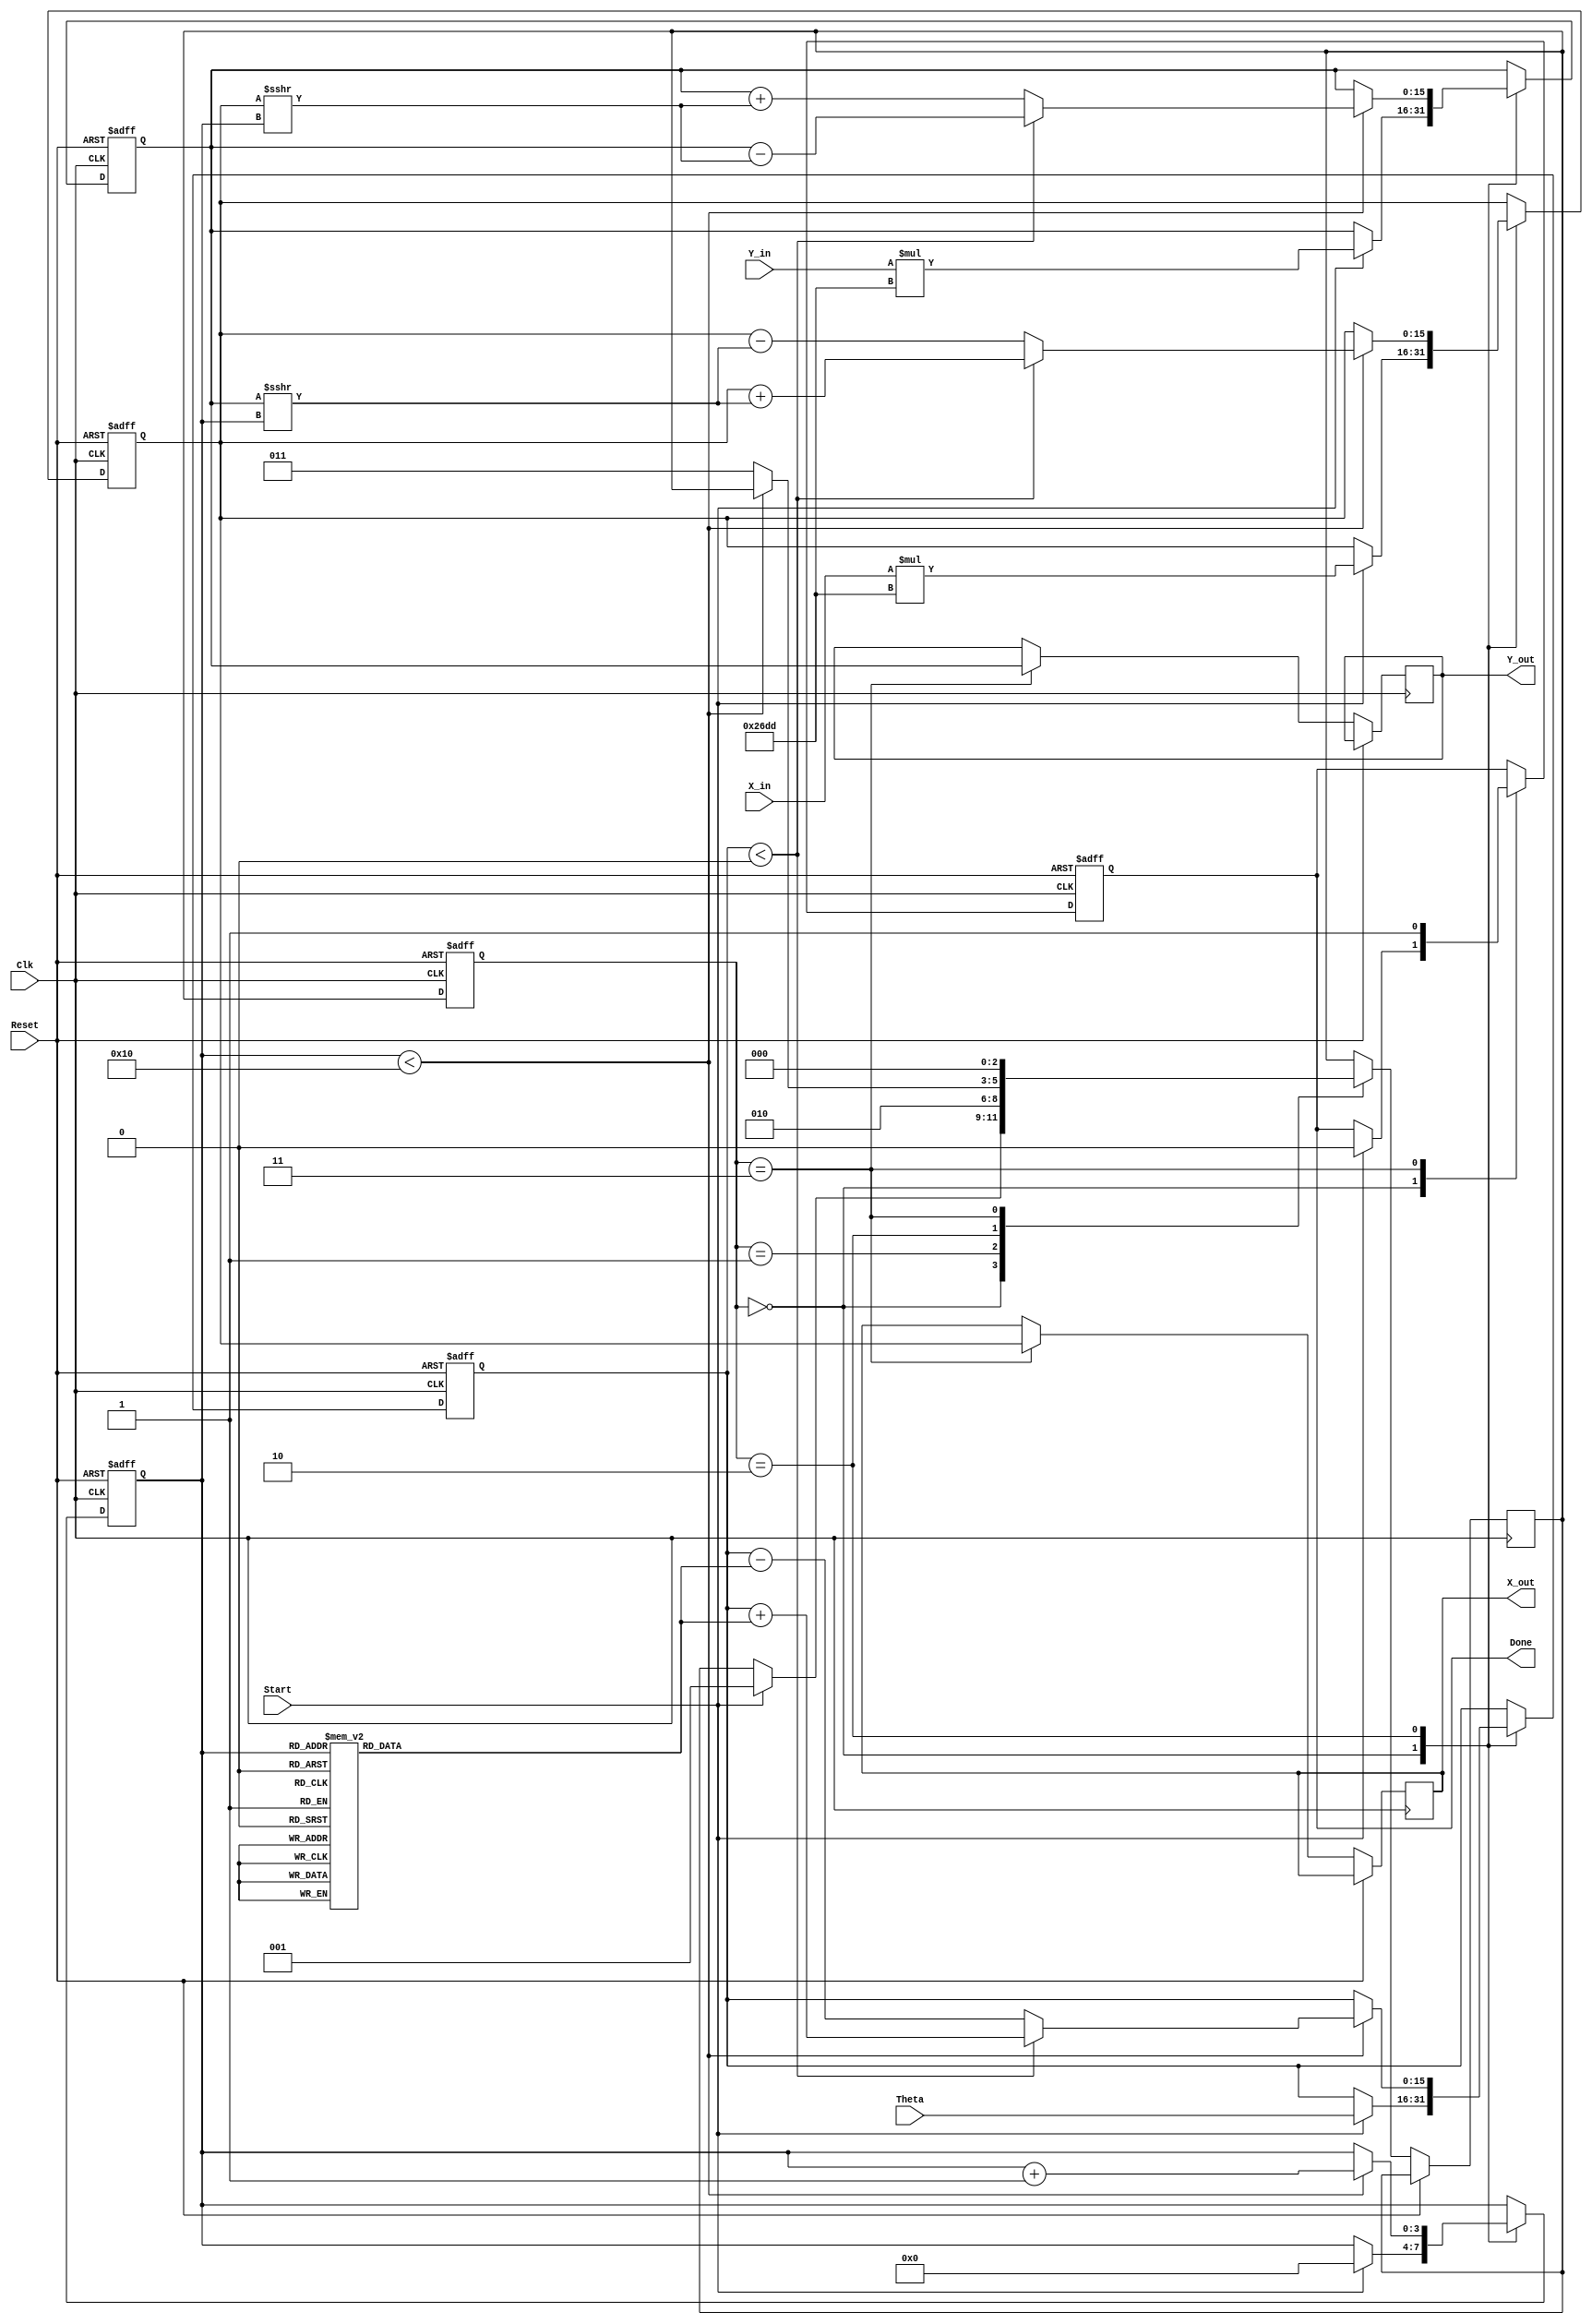
module CORDIC_Rotational (
    input wire signed [15:0] X_in,        // Input X coordinate
    input wire signed [15:0] Y_in,        // Input Y coordinate
    input wire signed [15:0] Theta,       // Desired angle of rotation
    input wire Start,                      // Control signal to start computation
    input wire Clk,                        // Clock signal
    input wire Reset,                      // Asynchronous reset
    output reg signed [15:0] X_out,       // Output X coordinate
    output reg signed [15:0] Y_out,       // Output Y coordinate
    output reg Done                        // Signal indicating completion
);

    // Internal registers
    reg signed [15:0] X_reg;
    reg signed [15:0] Y_reg;
    reg signed [15:0] Z_reg;
    reg [3:0] Iteration_count;             // Counter for iterations
    reg [2:0] state;                       // State machine
    reg [2:0] next_state;

    // CORDIC gain compensation constant (K)
    localparam K = 16'h26DD; // Approximation of 1/sqrt(1 + 2^-2i) for i=0 to 15

    // Lookup table for arctangent values (fixed-point representation)
    reg signed [15:0] atan_table [0:15];
    initial begin
        atan_table[0] = 16'h2000; // atan(1) = 45 degrees
        atan_table[1] = 16'h1333; // atan(1/2) = 26.565 degrees
        atan_table[2] = 16'h0A3D; // atan(1/4) = 14.036 degrees
        atan_table[3] = 16'h0519; // atan(1/8) = 7.125 degrees
        atan_table[4] = 16'h028B; // atan(1/16) = 3.576 degrees
        atan_table[5] = 16'h0145; // atan(1/32) = 1.745 degrees
        atan_table[6] = 16'h00A2; // atan(1/64) = 0.862 degrees
        atan_table[7] = 16'h0051; // atan(1/128) = 0.436 degrees
        atan_table[8] = 16'h0028; // atan(1/256) = 0.218 degrees
        atan_table[9] = 16'h0014; // atan(1/512) = 0.109 degrees
        atan_table[10] = 16'h000A; // atan(1/1024) = 0.054 degrees
        atan_table[11] = 16'h0005; // atan(1/2048) = 0.027 degrees
        atan_table[12] = 16'h0002; // atan(1/4096) = 0.014 degrees
        atan_table[13] = 16'h0001; // atan(1/8192) = 0.007 degrees
        atan_table[14] = 16'h0001; // atan(1/16384) = 0.003 degrees
        atan_table[15] = 16'h0000; // atan(1/32768) = 0 degrees
    end

    // State encoding
    localparam IDLE = 3'b000,
               INIT = 3'b001,
               ITERATE = 3'b010,
               DONE = 3'b011;

    // Sequential logic for state transitions and computations
    always @(posedge Clk or posedge Reset) begin
        if (Reset) begin
            X_reg <= 0;
            Y_reg <= 0;
            Z_reg <= 0;
            Iteration_count <= 0;
            Done <= 0;
            state <= IDLE;
        end else begin
            state <= next_state;
            case (state)
                IDLE: begin
                    if (Start) begin
                        X_reg <= X_in * K; // Apply gain compensation
                        Y_reg <= Y_in * K; // Apply gain compensation
                        Z_reg <= Theta;
                        Iteration_count <= 0;
                        Done <= 0;
                        next_state <= INIT;
                    end
                end
                INIT: begin
                    next_state <= ITERATE;
                end
                ITERATE: begin
                    if (Iteration_count < 16) begin
                        if (Z_reg < 0) begin
                            // Rotate clockwise
                            X_reg <= X_reg + (Y_reg >>> Iteration_count);
                            Y_reg <= Y_reg - (X_reg >>> Iteration_count);
                            Z_reg <= Z_reg + atan_table[Iteration_count];
                        end else begin
                            // Rotate counterclockwise
                            X_reg <= X_reg - (Y_reg >>> Iteration_count);
                            Y_reg <= Y_reg + (X_reg >>> Iteration_count);
                            Z_reg <= Z_reg - atan_table[Iteration_count];
                        end
                        Iteration_count <= Iteration_count + 1;
                    end else begin
                        next_state <= DONE;
                    end
                end
                DONE: begin
                    X_out <= X_reg;
                    Y_out <= Y_reg;
                    Done <= 1;
                    next_state <= IDLE; // Return to IDLE after completion
                end
            endcase
        end
    end

endmodule